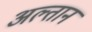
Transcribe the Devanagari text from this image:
अल्तान